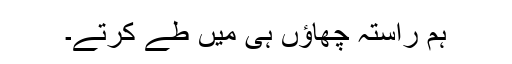
ہم راستہ چھاؤں ہی میں طے کرتے۔